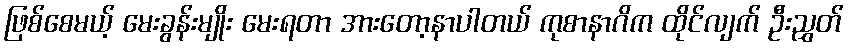
ဖြစ်စေမယ့် မေးခွန်းမျိုး မေးရတာ အားတော့နာပါတယ် ကုစာနာဂိက ထိုင်လျက် ဦးညွှတ်